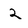
Character: 2